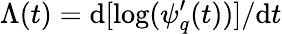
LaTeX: \Lambda(t)=\mathrm{d}[\log(\psi_{q}^{\prime}(t))]/\mathrm{d}t